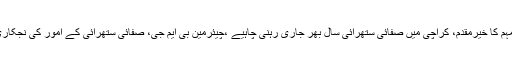
سندھ حکومت کی”صاف ستھرا، ہرابھرا ِ ِ ، پرُامن سندھ “ ویک مہم کا خیرمقدم، کراچی میں صفائی ستھرائی سال بھر جاری رہنی چاہیے ،چیئرمین بی ایم جی، صفائی ستھرائی کے امور کی نجکاری ،برساتی نالوں کی صفائی یقینی بنائی جائے، سراج قاسم تیلی ۔